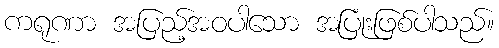
ကရုဏာ အပြည့်အဝပါသော အပြုံးဖြစ်ပါသည်။